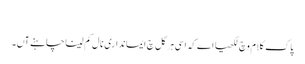
‏
پاک کلام وچ لکھیا اے کہ اَسی ہر گل چ ایمانداری نال کم لینا چاہنے آں۔